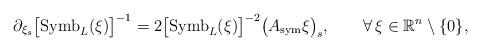
LaTeX: \begin{align*}\partial_{\xi_s}\big[{\rm Symb}_L(\xi)\big]^{-1}=2\big[{\rm Symb}_L(\xi)\big]^{-2}\big(A_{\rm sym}\xi\big)_s,\qquad\forall\,\xi\in{\mathbb{R}}^n\setminus\{0\},\end{align*}